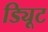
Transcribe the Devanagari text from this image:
ड्यिूट